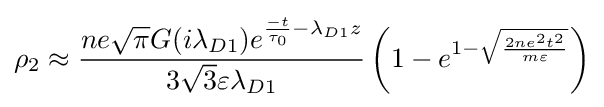
\rho _{2}\approx {\frac {ne{\sqrt {\pi }}G(i\lambda _{D1})e^{{\frac {-t}{\tau _{0}}}-\lambda _{D1}z}}{3{\sqrt {3}}\varepsilon \lambda _{D1}}}\left(1-e^{1-{\sqrt {\frac {2ne^{2}t^{2}}{m\varepsilon }}}}\right)